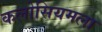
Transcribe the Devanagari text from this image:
कलोसियमला